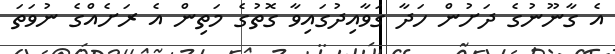
އެ ގާނޫނުގެ ދަށުން ހަދާ ގަވާއިދުގައިވާ ގޮތުގެ މަތިން އެ ރަށެއްގެ ނުވަތަ